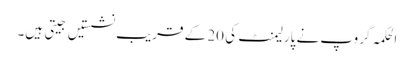
الحکمہ گروپ نے پارلیمنٹ کی 20 کے قریب نشستیں جیتی ہیں۔